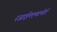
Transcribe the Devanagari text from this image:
रजाईनएयरपोर्ट